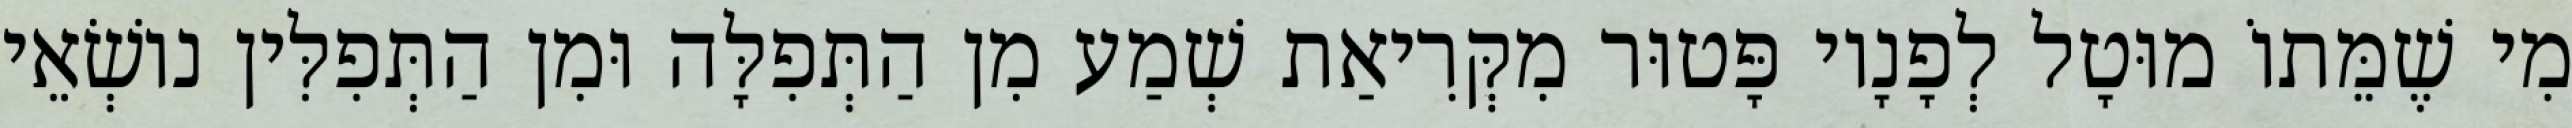
מִי שֶׁמֵּתוֹ מוּטָל לְפָנָיו פָּטוּר מִקְּרִיאַת שְׁמַע מִן הַתְּפִלָּה וּמִן הַתְּפִלִּין נוֹשְׂאֵי